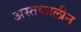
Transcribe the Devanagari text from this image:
अस्तकालीन